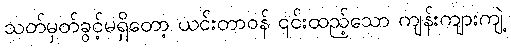
သတ်မှတ်ခွင့်မရှိတော့ ယင်းတာဝန် ၎င်းထည့်သော ကျန်းကျားကျဲ့